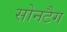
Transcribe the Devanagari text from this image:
सोनटैग